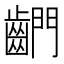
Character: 𪘶